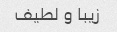
زیبا و لطیف